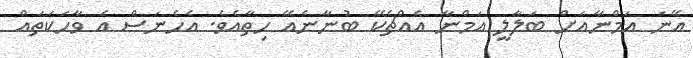
އޭނަ އަމްނާއަށް ބަލާލީ އަމްނާ އެއްޗެކޭ ބުނާނެއޭ ހިތާއެވެ. އެހެނަސް އެ ވާހަކަތައް